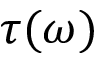
\tau ( \omega )